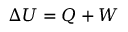
\Delta U = Q + W